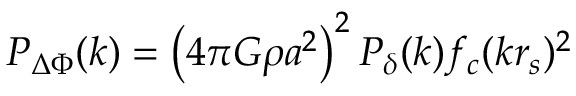
{ \cal P } _ { \Delta \Phi } ( k ) = \left( 4 \pi G \rho a ^ { 2 } \right) ^ { 2 } { \cal P } _ { \delta } ( k ) f _ { c } ( k r _ { s } ) ^ { 2 }